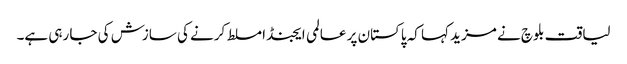
لیاقت بلوچ نے مزید کہا کہ پاکستان پر عالمی ایجنڈا مسلط کرنے کی سازش کی جا رہی ہے۔